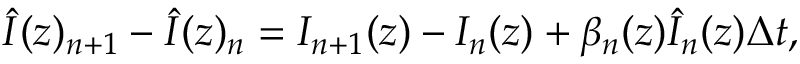
\hat { I } ( z ) _ { n + 1 } - \hat { I } ( z ) _ { n } = I _ { n + 1 } ( z ) - I _ { n } ( z ) + \beta _ { n } ( z ) \hat { I } _ { n } ( z ) \Delta t ,